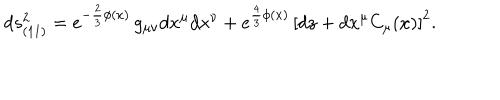
d s _ { ( 1 1 ) } ^ { 2 } = e ^ { - \frac 2 3 \phi ( x ) } \, g _ { \mu \nu } d x ^ { \mu } d x ^ { \nu } + e ^ { \frac 4 3 \phi ( x ) } \, \left[ d z + d x ^ { \mu } C _ { \mu } ( x ) \right] ^ { 2 } .